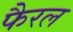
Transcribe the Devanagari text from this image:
फैरल